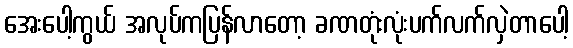
အေးပေါ့ကွယ် အလုပ်ကပြန်လာတော့ ခဏတုံးလုံးပက်လက်လှဲတာပေါ့